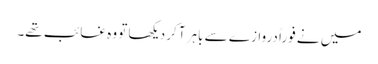
میں نے فوراً دروازے سے باہر آکر دیکھا تو وہ غائب تھے۔